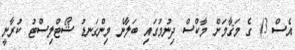
އެސް 3) ގެ މަޤާމަށް މާކްސް ދިނުމުގައި ބަލާނެ މިންގަނޑު ޝޯޓްލިސްޓު ކުރާނީ